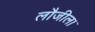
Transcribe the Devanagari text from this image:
लौजीला